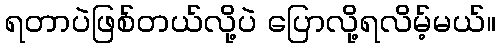
ရတာပဲဖြစ်တယ်လို့ပဲ ပြောလို့ရလိမ့်မယ်။